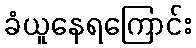
ခံယူနေရကြောင်း